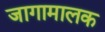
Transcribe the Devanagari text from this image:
जागामालक